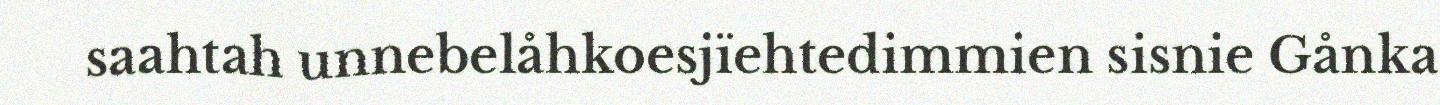
saahtah unnebelåhkoesjïehtedimmien sisnie Gånka